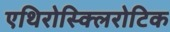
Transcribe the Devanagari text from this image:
एथिरोस्क्लिरोटिक